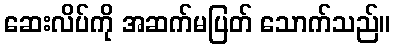
ဆေးလိပ်ကို အဆက်မပြတ် သောက်သည်။